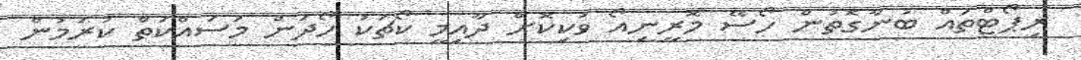
ރިޕޯޓްތައް ބުނާގޮތުން ހޯސޭ މޮރީނިއޯ ވަކިކޮށް ދާއިމީ ކޯޗަކު ހޯދަން މަސައްކަތް ކުރަމުން